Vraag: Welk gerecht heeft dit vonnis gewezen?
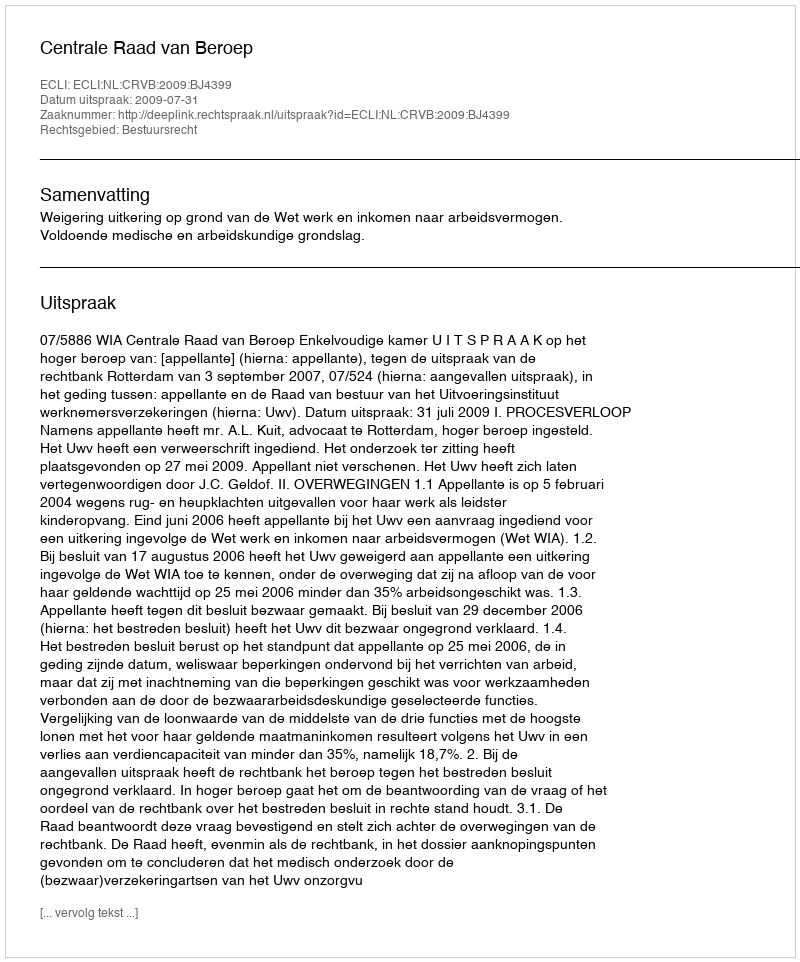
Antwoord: Centrale Raad van Beroep